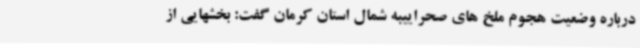
درباره وضعیت هجوم ملخ های صحراییبه شمال استان کرمان گفت: بخشهایی از